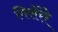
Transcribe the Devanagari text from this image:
मिसेरेरे